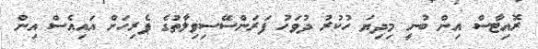
ރޮއިޓާސް އިން ބުނީ މިދިޔަ ހުކުރު ދުވަހު ފަރަންސޭސިވިލާތުގެ ޕެރިހަށް އައިއެސް އިން